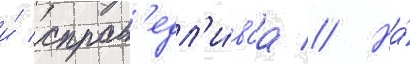
и́ справ'едл'и́ваа // На́